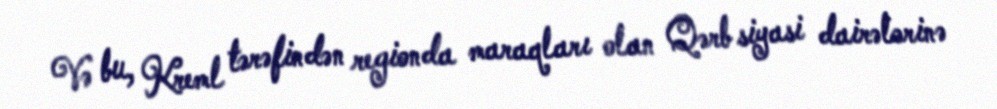
Və bu, Kreml tərəfindən regionda maraqları olan Qərb siyasi dairələrinə